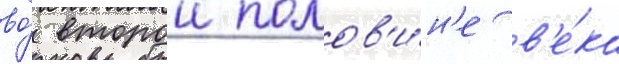
во́ второи полов'и́н'е в'е́ка